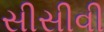
સીસીવી